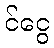
င်ငွေ